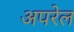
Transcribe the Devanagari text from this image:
अपरेल